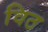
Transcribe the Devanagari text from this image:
विठ